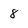
Character: 8